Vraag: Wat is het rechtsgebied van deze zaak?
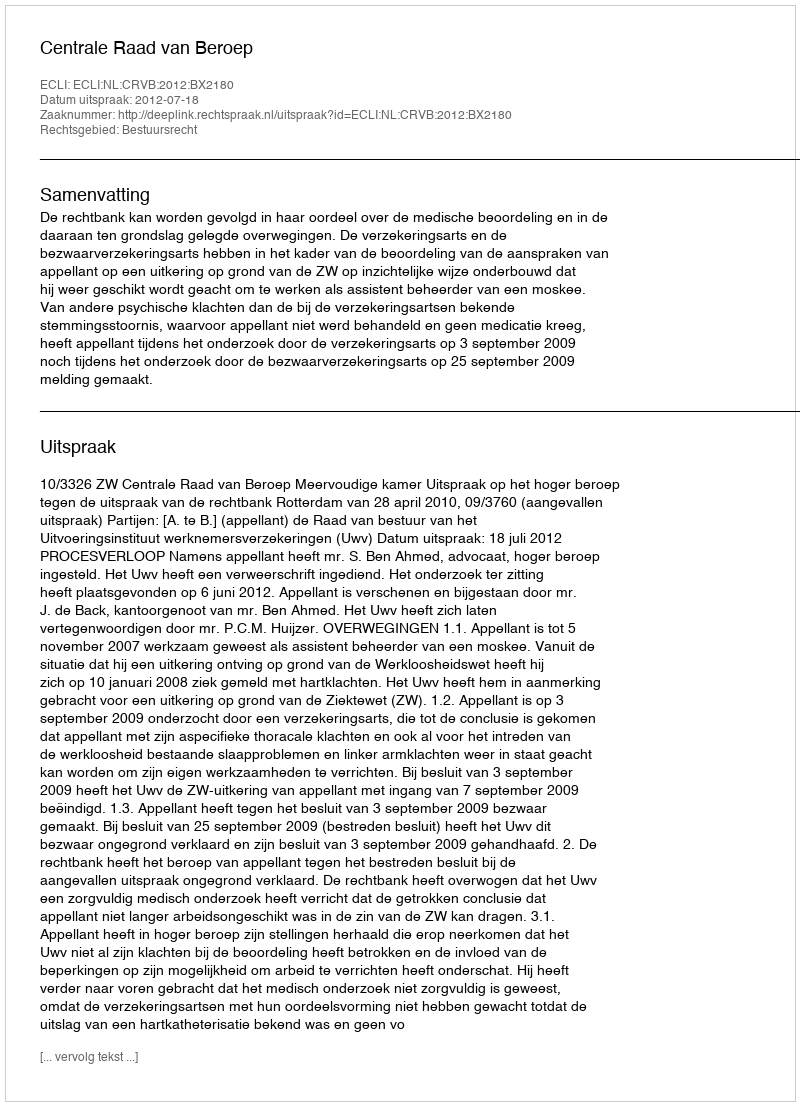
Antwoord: Bestuursrecht